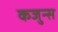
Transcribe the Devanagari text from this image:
कजुन्स